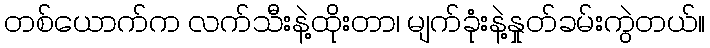
တစ်ယောက်က လက်သီးနဲ့ထိုးတာ၊ မျက်ခုံးနဲ့နှုတ်ခမ်းကွဲတယ်။